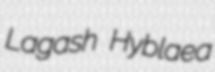
Lagash Hyblaea